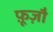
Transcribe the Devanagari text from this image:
फ़ूज़ौ